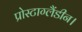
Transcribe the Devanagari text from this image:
प्रोस्टाग्लैंडीन।